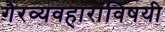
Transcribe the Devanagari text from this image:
गैरव्यवहारांविषयी